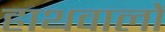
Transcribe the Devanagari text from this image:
हाथवालों